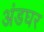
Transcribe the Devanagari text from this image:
अंडघर